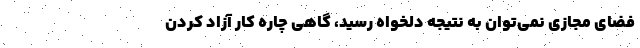
فضای مجازی نمی‌توان به نتیجه دلخواه رسید، گاهی چاره کار آزاد کردن